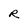
Character: R